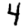
Digit: 4